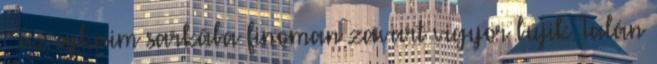
– az ajkaim sarkába finoman zavart vigyor bújik. Talán